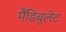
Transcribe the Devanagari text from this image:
मैंडिबुलेट